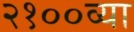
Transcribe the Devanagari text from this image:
२१००व्या